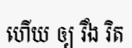
ហើយ ឲ្យ រឹង រិត